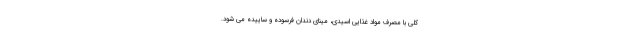
کلی با مصرف مواد غذایی اسیدی، مینای دندان فرسوده و ساییده می شود.